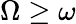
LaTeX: \Omega\ge\omega